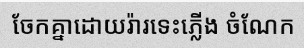
ចែកគ្នាដោយរ៉ារទេះភ្លើង ចំណែក